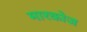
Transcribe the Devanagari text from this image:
मारकोज